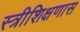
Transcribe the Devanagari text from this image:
स्त्रीशिक्षणास